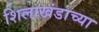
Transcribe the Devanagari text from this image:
शिलाखंडाच्या